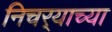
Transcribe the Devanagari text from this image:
निचर्‍याच्या